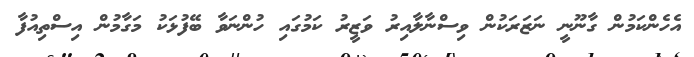
އެހެންކަމުން ގާނޫނީ ނަޒަރަކުން ވިސްނާލާއިރު ވަޒީރު ކަމުގައި ހުންނަވާ ބޭފުޅަކު މަގާމުން އިސްތިއުފާ